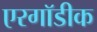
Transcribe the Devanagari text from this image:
एरगॉडीक